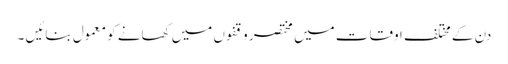
دن کے مختلف اوقات میں مختصر وقفوں میں کھانے کو معمول بنائیں ۔